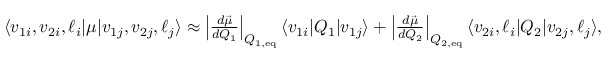
\begin{array} { r } { \langle v _ { 1 i } , v _ { 2 i } , \ell _ { i } \lvert \mu \lvert v _ { 1 j } , v _ { 2 j } , \ell _ { j } \rangle \approx \left| \frac { d \vec { \mu } } { d Q _ { 1 } } \right| _ { Q _ { 1 , \mathrm { e q } } } \langle v _ { 1 i } \lvert Q _ { 1 } \lvert v _ { 1 j } \rangle + \left| \frac { d \vec { \mu } } { d Q _ { 2 } } \right| _ { Q _ { 2 , \mathrm { e q } } } \langle v _ { 2 i } , \ell _ { i } \lvert Q _ { 2 } \lvert v _ { 2 j } , \ell _ { j } \rangle , } \end{array}